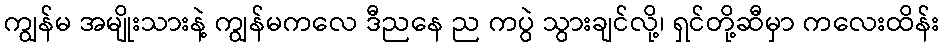
ကျွန်မ အမျိုးသားနဲ့ ကျွန်မကလေ ဒီညနေ ည ကပွဲ သွားချင်လို့၊ ရှင်တို့ဆီမှာ ကလေးထိန်း